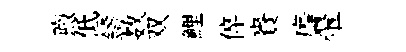
煦低鑄数双鯉倅賚靡翬